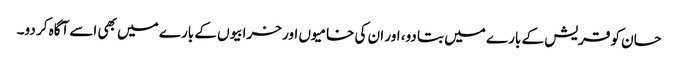
حسان کو قریش کے بارے میں بتا دو، اور ان کی خامیوں اور خرابیوں کے بارے میں بھی اسے آگاہ کر دو۔